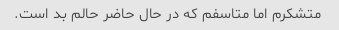
متشکرم اما متاسفم که در حال حاضر حالم بد است.